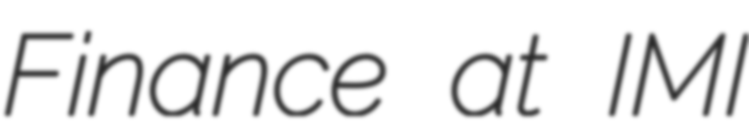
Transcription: Finance at IMI